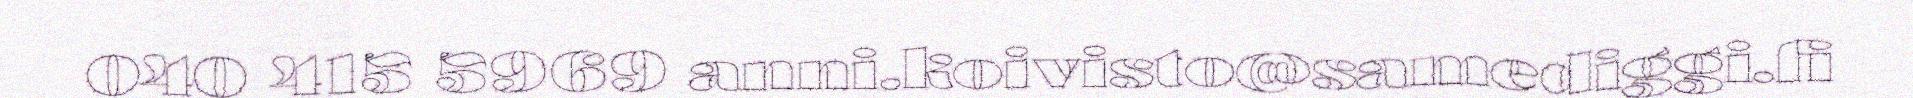
040 415 5969 anni.koivisto@samediggi.fi